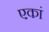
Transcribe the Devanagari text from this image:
एकां